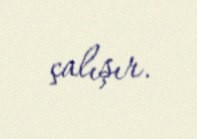
çalışır.